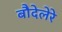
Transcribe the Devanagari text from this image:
बौदेलेरे